Annual report on the Civil Veterinary Department, Burma (including the Insein Veterinary School) - 1910-1922
Year: 1910
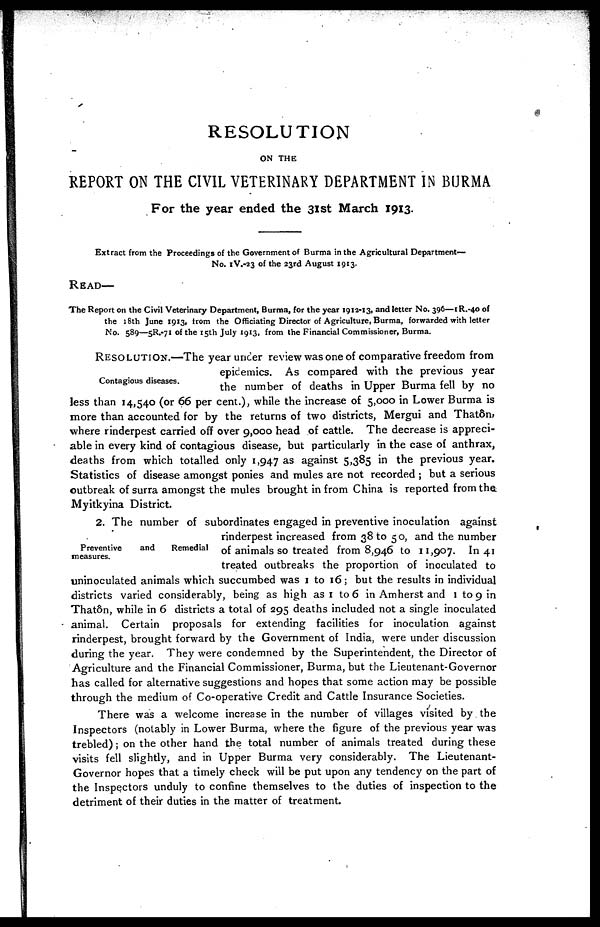
RESOLUTION
ON THE
REPORT ON THE CIVIL VETERINARY DEPARTMENT IN BURMA
For the year ended the 31st March 1913.
Extract from the Proceedings of the Government of Burma in the Agricultural Department—
No. IV.-23 of the 23rd August 1913.
READ—
The Report on the Civil Veterinary Department, Burma, for the year 1912-13, and letter No. 396—1R.-40 of
the 18th June 1913, from the Officiating Director of Agriculture, Burma, forwarded with letter
No. 589—5R.-71 of the 15th July 1913, from the Financial Commissioner, Burma.
Contagious diseases.
RESOLUTION.—The year uncer review was one of comparative freedom from
epidemics. As compared with the previous year
the number of deaths in Upper Burma fell by no
less than 14,540 (or 66 per cent.), while the increase of 5,000 in Lower Burma is
more than accounted for by the returns of two districts, Mergui and Thaton,
where rinderpest carried off over 9,000 head of cattle. The decrease is appreci-
able in every kind of contagious disease, but particularly in the case of anthrax,
deaths from which totalled only 1,947 as against 5,385 in the previous year.
Statistics of disease amongst ponies and mules are not recorded ; but a serious
outbreak of surra amongst the mules brought in from China is reported from the
Myitkyina District.
Preventive
and
Remedial
measures.
2. The number of subordinates engaged in preventive inoculation against
rinderpest increased from 38 to 50, and the number
of animals so treated from 8,946 to 11,907. In 41
treated outbreaks the proportion of inoculated to
uninoculated animals which succumbed was 1 to 16; but the results in individual
districts varied considerably, being as high as 1 to 6 in Amherst and 1 to 9 in
Thatôn, while in 6 districts a total of 295 deaths included not a single inoculated
animal. Certain proposals for extending facilities for inoculation against
rinderpest, brought forward by the Government of India, were under discussion
during the year. They were condemned by the Superintendent, the Director of
Agriculture and the Financial Commissioner, Burma, but the Lieutenant-Governor
has called for alternative suggestions and hopes that some action may be possible
through the medium of Co-operative Credit and Cattle Insurance Societies.
There was a welcome increase in the number of villages visited by the
Inspectors (notably in Lower Burma, where the figure of the previous year was
trebled); on the other hand the total number of animals treated during these
visits fell slightly, and in Upper Burma very considerably. The Lieutenant-
Governor hopes that a timely check will be put upon any tendency on the part of
the Inspectors unduly to confine themselves to the duties of inspection to the
detriment of their duties in the matter of treatment.